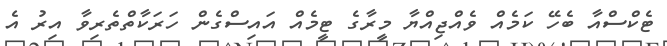
ޓެކްސްއާ ބެހޭ ކަމެއް ވެއްޖިއްޔާ މީރާގެ ޓީމެއް އައިސްގެން ހަރަކާތްތެރިވާ އިރު އެ